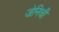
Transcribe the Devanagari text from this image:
जेनिची